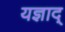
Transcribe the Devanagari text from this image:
यज्ञाद्‌